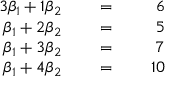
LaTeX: \begin{array} { r l r l r l } { { 3 } \beta _ { 1 } + 1 \beta _ { 2 } } & { { } } & { \; = \; } & { { } } & { 6 } & { { } } \\ { \beta _ { 1 } + 2 \beta _ { 2 } } & { { } } & { \; = \; } & { { } } & { 5 } & { { } } \\ { \beta _ { 1 } + 3 \beta _ { 2 } } & { { } } & { \; = \; } & { { } } & { 7 } & { { } } \\ { \beta _ { 1 } + 4 \beta _ { 2 } } & { { } } & { \; = \; } & { { } } & { 1 0 } & { { } } \end{array}